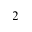
2